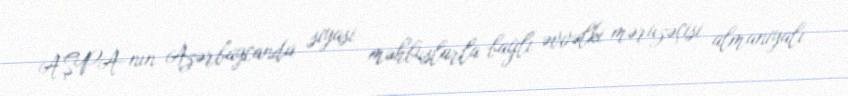
AŞPA-nın Azərbaycanda siyasi məhbuslarla bağlı əvvəlki məruzəçisi almaniyalı